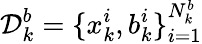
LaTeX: \mathcal{D}_{k}^{b}=\{ x_{k}^{i},b_{k}^{i}\} _{i=1}^{N_{k}^{b}}